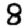
Digit: 8